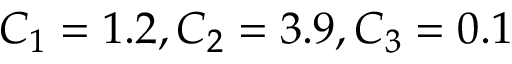
C _ { 1 } = 1 . 2 , C _ { 2 } = 3 . 9 , C _ { 3 } = 0 . 1